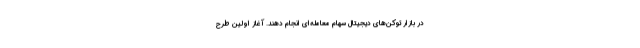
در بازار توکن‌های دیجیتال سهام معامله‌ای انجام دهند. آغاز اولین طرح